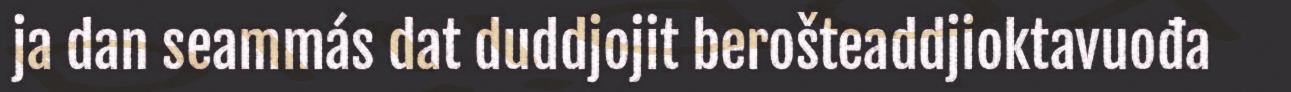
ja dan seammás dat duddjojit berošteaddjioktavuođa